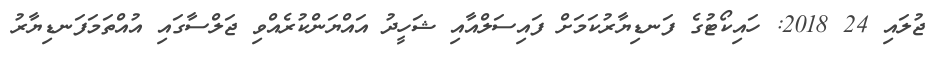
ޖުލައި 24 2018: ހައިކޯޓުގެ ފަނޑިޔާރުކަމަށް ފައިސަލްއާއި ޝަހީދު އައްޔަންކުރެއްވި ޖަލްސާގައި އުއްތަމަފަނޑިޔާރު